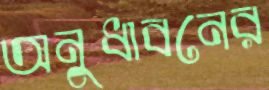
অনুধাবনের